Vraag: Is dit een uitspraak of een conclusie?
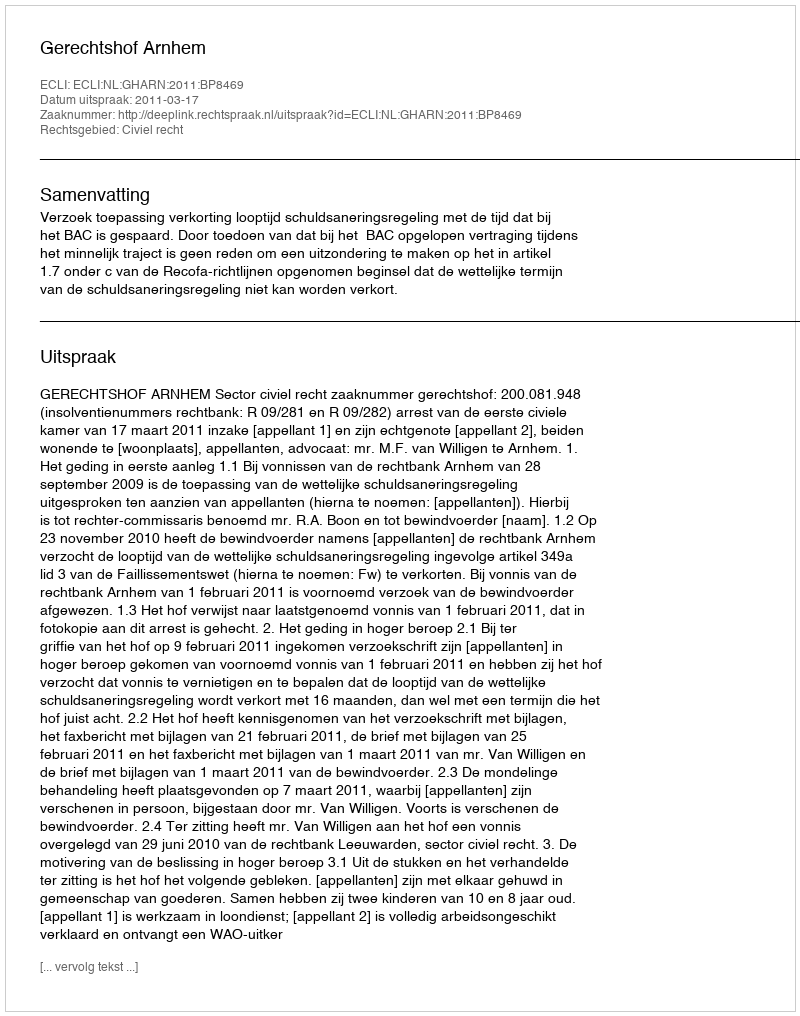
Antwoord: Uitspraak